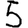
Digit: 5